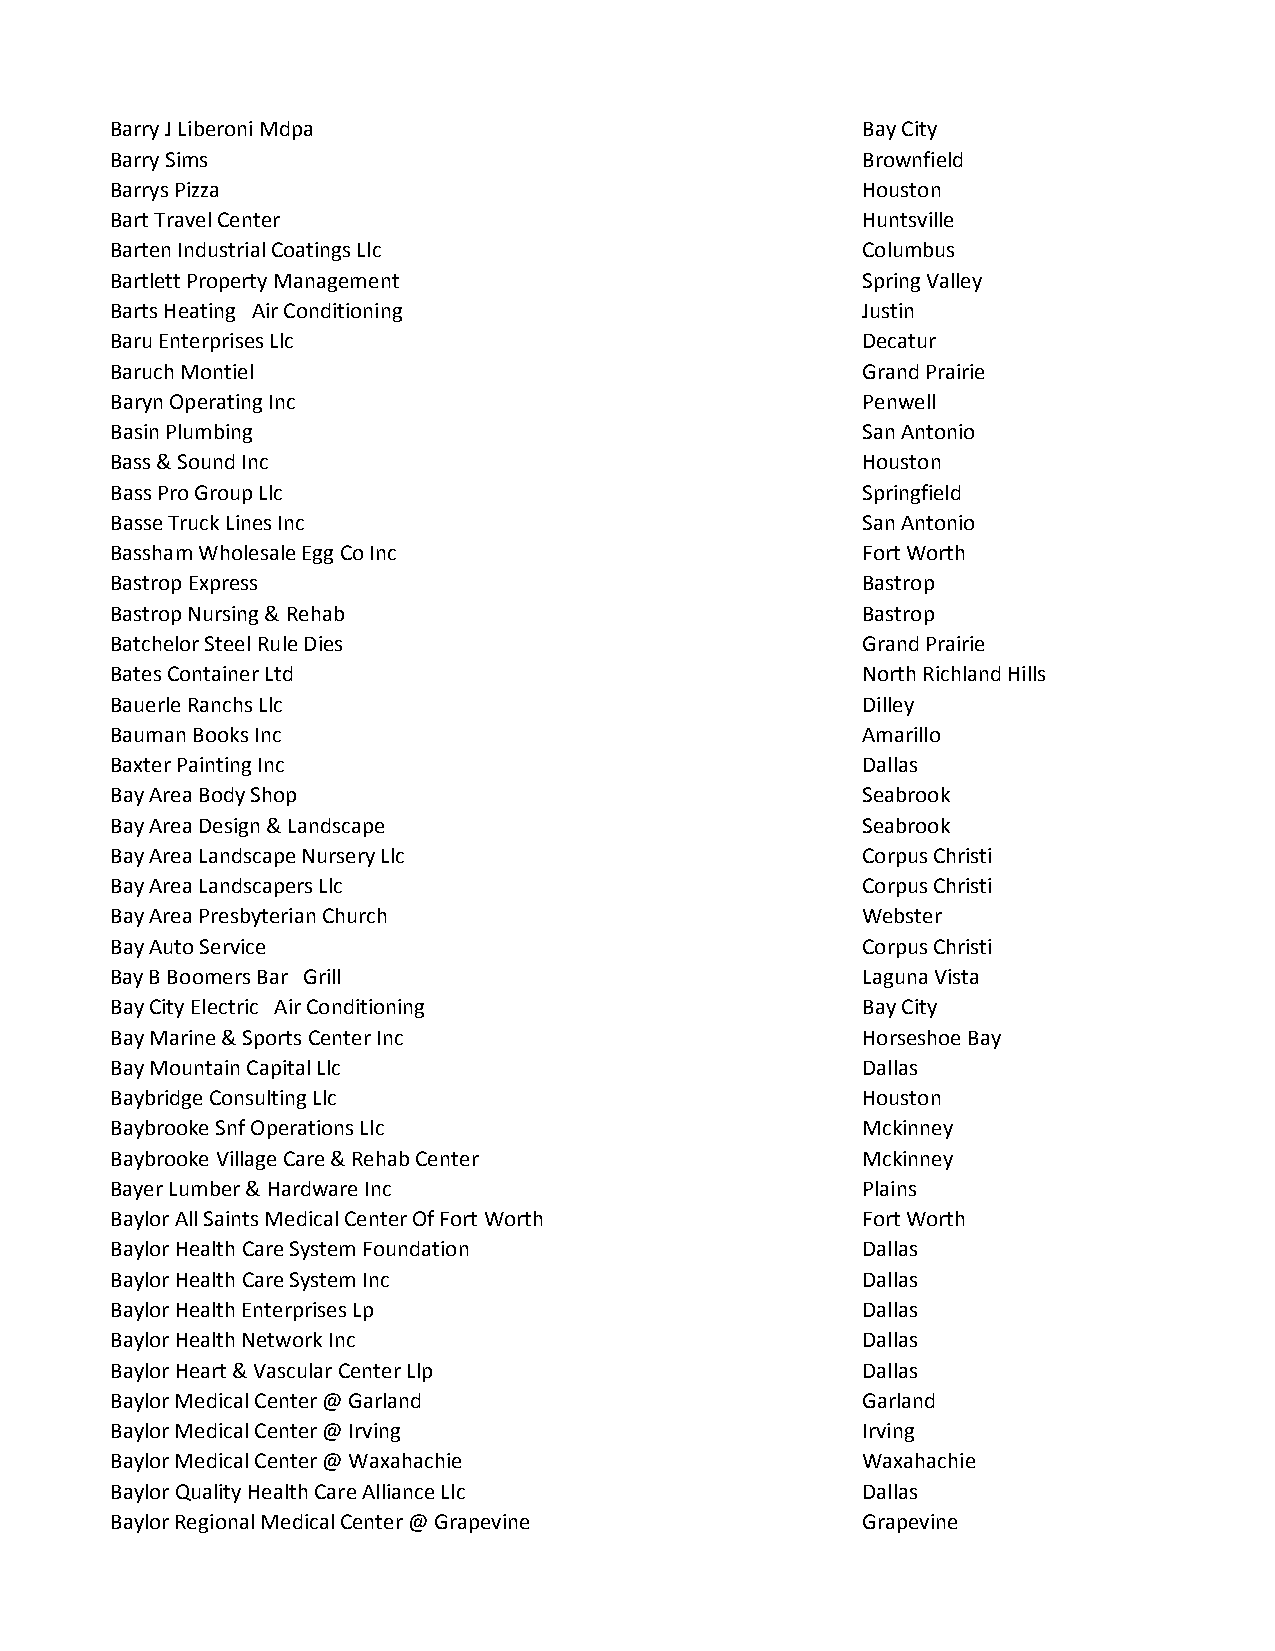
Barry J Liberoni Mdpa                             Bay City
 Barry Sims                                        Brownfield
 Barrys Pizza                                      Houston
 Bart Travel Center                                Huntsville
 Barten Industrial Coatings Llc                    Columbus
 Bartlett Property Management                      Spring Valley
 Barts Heating Air Conditioning                    Justin
 Baru Enterprises Llc                              Decatur
 Baruch Montiel                                    Grand Prairie
 Baryn Operating Inc                               Penwell
 Basin Plumbing                                    San Antonio
 Bass & Sound Inc                                  Houston
 Bass Pro Group Llc                                Springfield
 Basse Truck Lines Inc                             San Antonio
 Bassham Wholesale Egg Co Inc                      Fort Worth
 Bastrop Express                                   Bastrop
 Bastrop Nursing & Rehab                           Bastrop
 Batchelor Steel Rule Dies                         Grand Prairie
 Bates Container Ltd                               North Richland Hills
 Bauerle Ranchs Llc                                Dilley
 Bauman Books Inc                                  Amarillo
 Baxter Painting Inc                               Dallas
 Bay Area Body Shop                                Seabrook
 Bay Area Design & Landscape                       Seabrook
 Bay Area Landscape Nursery Llc                    Corpus Christi
 Bay Area Landscapers Llc                          Corpus Christi
 Bay Area Presbyterian Church                      Webster
 Bay Auto Service                                  Corpus Christi
 Bay B Boomers Bar Grill                           Laguna Vista
 Bay City Electric Air Conditioning                Bay City
 Bay Marine & Sports Center Inc                    Horseshoe Bay
 Bay Mountain Capital Llc                          Dallas
 Baybridge Consulting Llc                          Houston
 Baybrooke Snf Operations Llc                      Mckinney
 Baybrooke Village Care & Rehab Center             Mckinney
 Bayer Lumber & Hardware Inc                       Plains
 Baylor All Saints Medical Center Of Fort Worth    Fort Worth
 Baylor Health Care System Foundation              Dallas
 Baylor Health Care System Inc                     Dallas
 Baylor Health Enterprises Lp                      Dallas
 Baylor Health Network Inc                         Dallas
 Baylor Heart & Vascular Center Llp                Dallas
 Baylor Medical Center @ Garland                   Garland
 Baylor Medical Center @ Irving                    Irving
 Baylor Medical Center @ Waxahachie                Waxahachie
 Baylor Quality Health Care Alliance Llc           Dallas
 Baylor Regional Medical Center @ Grapevine        Grapevine